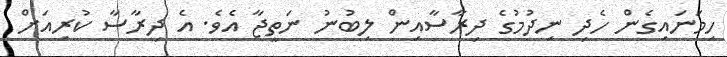
ހިމަނައިގެން ހެދި ނިދުމުގެ ދިރާސާއިން ލިބުނު ނަތީޖާ އެވެ. އެ ދިރާސާ ކުރިއަށް